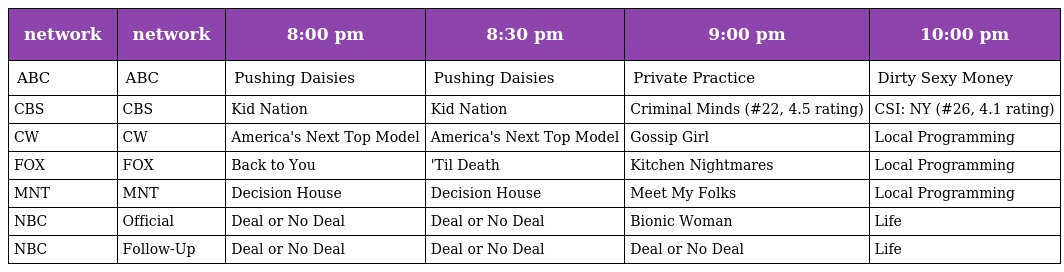
| network | network | 8:00 pm | 8:30 pm | 9:00 pm | 10:00 pm |
 | --- | --- | --- | --- | --- | --- |
 | ABC | ABC | Pushing Daisies | Pushing Daisies | Private Practice | Dirty Sexy Money |
 | CBS | CBS | Kid Nation | Kid Nation | Criminal Minds (#22, 4.5 rating) | CSI: NY (#26, 4.1 rating) |
 | CW | CW | America's Next Top Model | America's Next Top Model | Gossip Girl | Local Programming |
 | FOX | FOX | Back to You | 'Til Death | Kitchen Nightmares | Local Programming |
 | MNT | MNT | Decision House | Decision House | Meet My Folks | Local Programming |
 | NBC | Official | Deal or No Deal | Deal or No Deal | Bionic Woman | Life |
 | NBC | Follow-Up | Deal or No Deal | Deal or No Deal | Deal or No Deal | Life |